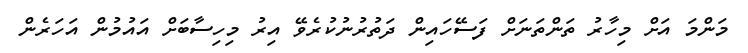
މަންމަ އަށް މިހާރު ތަންތަނަށް ފަސޭހައިން ދަތުރުނުކުރެވޭ އިރު މިހިސާބަށް އައުމުން އަހަރެން